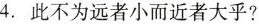
4.此不为远者小而近者大乎?